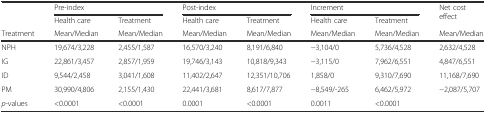
<table><thead><tr><td></td><td colspan="2"><b>Pre-index</b></td><td colspan="2"><b>Post-index</b></td><td colspan="2"><b>Increment</b></td><td rowspan="2"><b>Net cost effect</b></td></tr><tr><td></td><td><b>Health care</b></td><td><b>Treatment</b></td><td><b>Health care</b></td><td><b>Treatment</b></td><td><b>Health care</b></td><td><b>Treatment</b></td></tr><tr><td><b>Treatment</b></td><td><b>Mean/Median</b></td><td><b>Mean/Median</b></td><td><b>Mean/Median</b></td><td><b>Mean/Median</b></td><td><b>Mean/Median</b></td><td><b>Mean/Median</b></td><td><b>Mean/Median</b></td></tr></thead><tbody><tr><td>NPH</td><td>19,674/3,228</td><td>2,455/1,587</td><td>16,570/3,240</td><td>8,191/6,840</td><td>−3,104/0</td><td>5,736/4,528</td><td>2,632/4,528</td></tr><tr><td>IG</td><td>22,861/3,457</td><td>2,857/1,959</td><td>19,746/3,143</td><td>10,818/9,343</td><td>−3,115/0</td><td>7,962/6,551</td><td>4,847/6,551</td></tr><tr><td>ID</td><td>9,544/2,458</td><td>3,041/1,608</td><td>11,402/2,647</td><td>12,351/10,706</td><td>1,858/0</td><td>9,310/7,690</td><td>11,168/7,690</td></tr><tr><td>PM</td><td>30,990/4,806</td><td>2,155/1,430</td><td>22,441/3,681</td><td>8,617/7,877</td><td>−8,549/-265</td><td>6,462/5,972</td><td>−2,087/5,707</td></tr><tr><td><i>p</i>-values</td><td>&lt;0.0001</td><td>&lt;0.0001</td><td>0.0001</td><td>&lt;0.0001</td><td>0.0011</td><td>&lt;0.0001</td><td></td></tr></tbody></table>